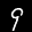
Label: 9